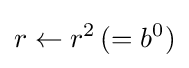
r\leftarrow r^{2}\,(=b^{0})